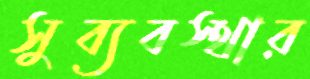
সুব্যবস্থার